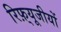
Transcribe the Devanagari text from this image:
रिफ़्यूजीयों